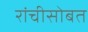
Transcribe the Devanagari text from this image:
रांचीसोबत